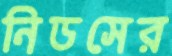
নিডসের